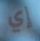
إي